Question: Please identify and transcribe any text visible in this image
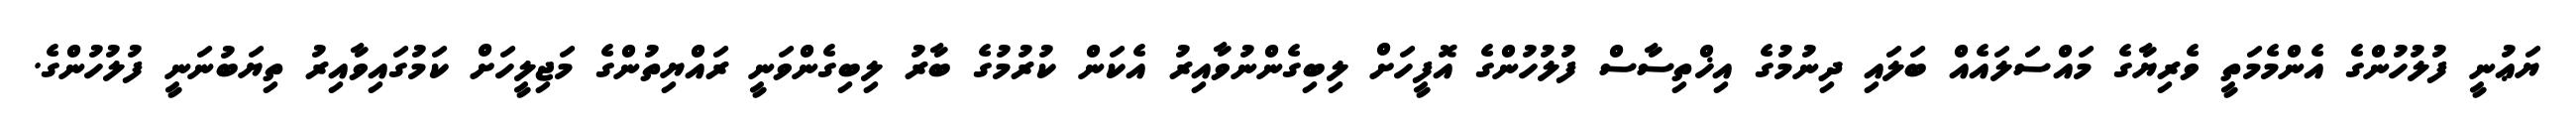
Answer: ޔަޢުނީ ފުލުހުންގެ އެންމެމަތީ ވެރިޔާގެ މައްސަލައެއް ބަލައި ދިނުމުގެ އިޚްތިސާސް ފުލުހުންގެ އޮފީހަށް ލިބިގެންނުވާއިރު އެކަން ކުރުމުގެ ބާރު ލިބިގެންވަނީ ރައްޔިތުންގެ މަޖިލީހަށް ކަމުގައިވާއިރު ތިޔަބުނަނީ ފުލުހުންގެ.